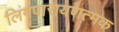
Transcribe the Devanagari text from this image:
लिंगपारायणत्मक